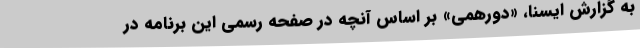
به گزارش ایسنا، «دورهمی» بر اساس آنچه در صفحه رسمی این برنامه در